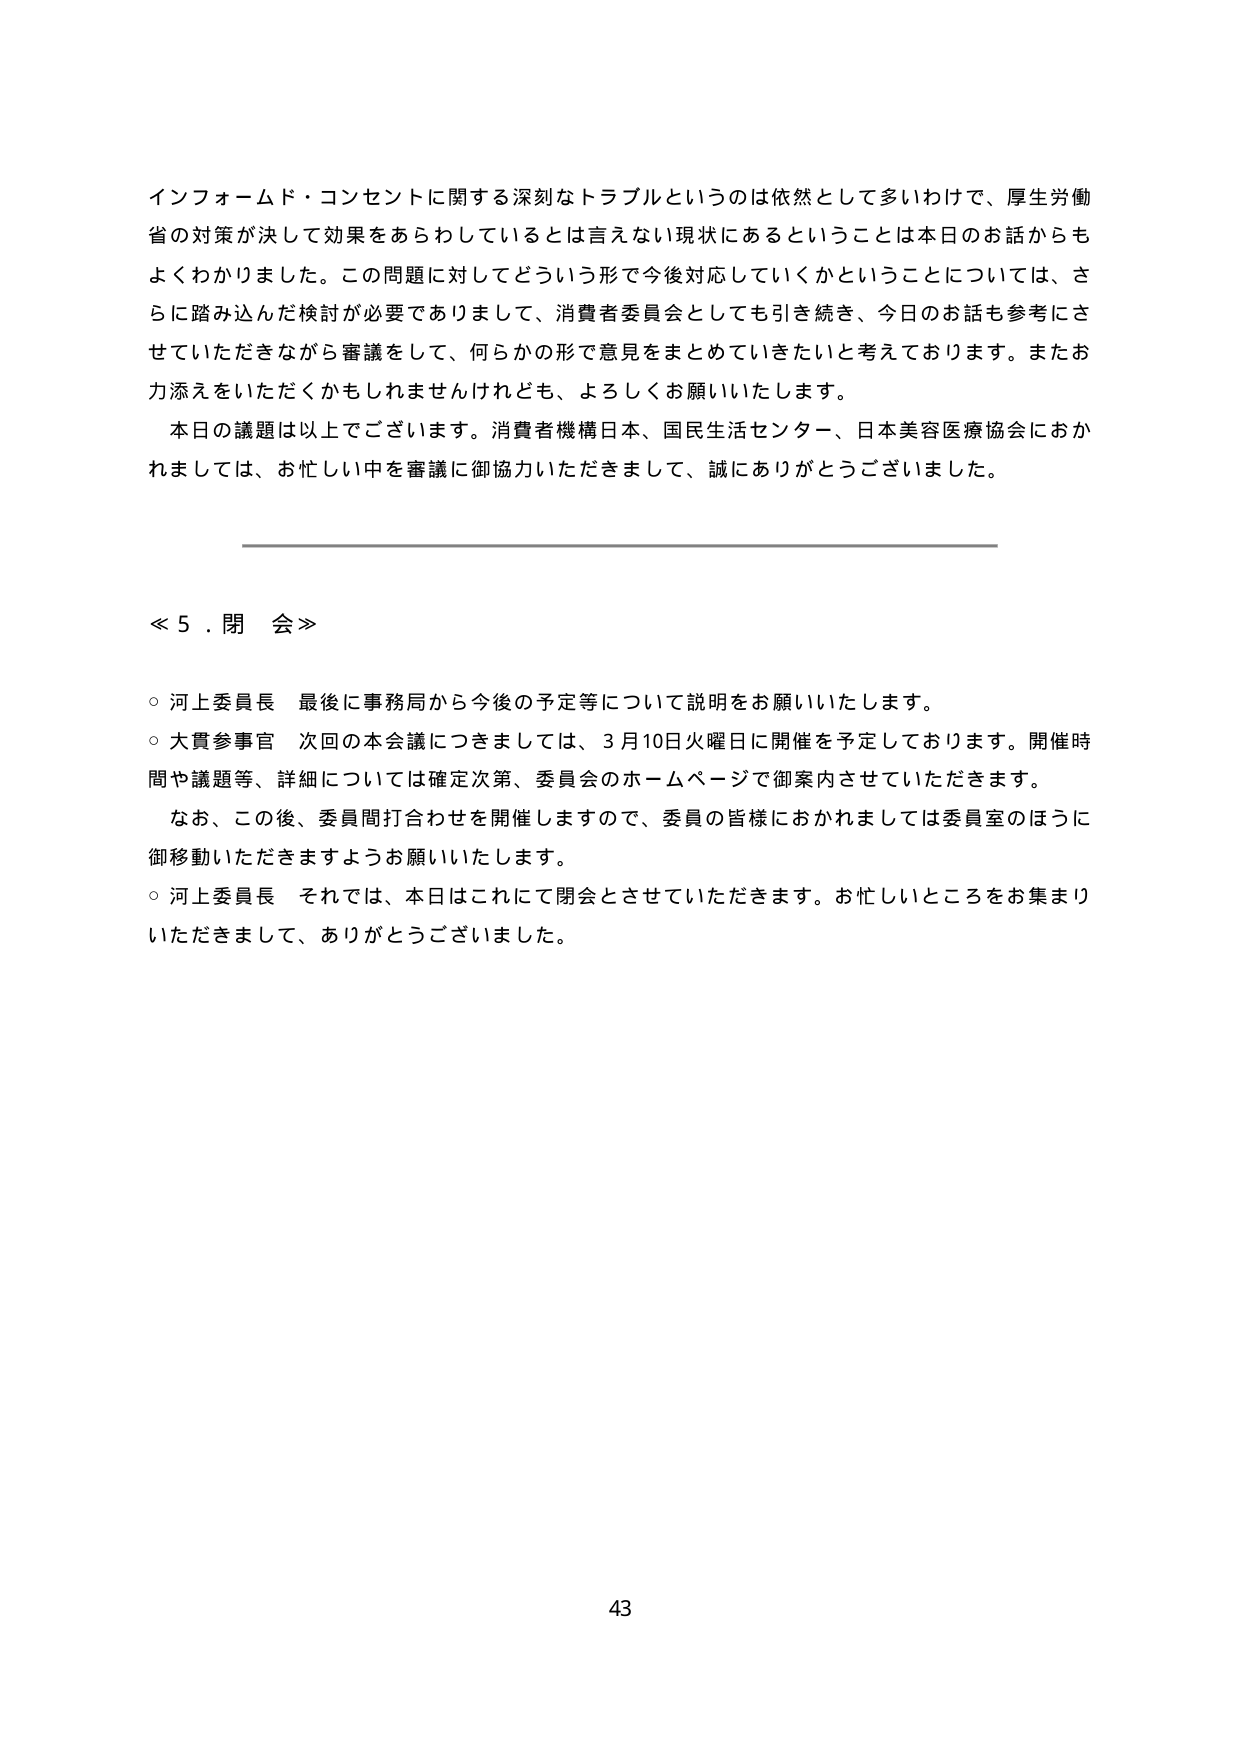
インフォームド・コンセントに関する深刻なトラブルというのは依然として多いわけで、厚生労働
省の対策が決して効果をあらわしているとは言えない現状にあるということは本日のお話からも
よくわかりました。この問題に対してどういう形で今後対応していくかということについては、さ
らに踏み込んだ検討が必要でありまして、消費者委員会としても引き続き、今日のお話も参考にさ
せていただきながら審議をして、何らかの形で意見をまとめていきたいと考えております。またお
力添えをいただくかもしれませんが、よろしくお願いいたします。
本日の議題は以上でございます。消費者機構日本、国民生活センター、日本美容医療協会におか
れましては、お忙しい中を審議に御協力いただきまして、誠にありがとうございました。

≪５．閉会≫

○ 河上委員長 最後に事務局から今後の予定等について説明をお願いいたします。
○ 大貫参事官 次回の本会議につきましては、３月10日火曜日に開催を予定しております。開催時
間や議題等、詳細については確定次第、委員会のホームページで御案内させていただきます。
　なお、この後、委員間打合わせを開催しますので、委員の皆様におかれましては委員室のほうに
御移動いただきますようお願いいたします。
○ 河上委員長 それでは、本日はこれにて閉会とさせていただきます。お忙しいところをお集まり
いただきまして、ありがとうございました。

43